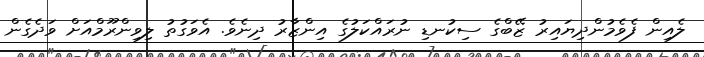
ލެއިން ފެވެމުންދިޔައިރު ޒޭބްގެ ސިކުނޑި ނުރައްކަލުގެ އިންޒާރު ދިނެވެ. އެވަގުތު ލިވިންރޫމްއަށް ވަދެގެން